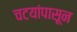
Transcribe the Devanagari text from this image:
चटयांपासून